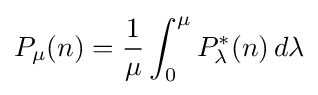
P_{\mu }(n)={\frac {1}{\mu }}\int _{0}^{\mu }P_{\lambda }^{*}(n)\,d\lambda